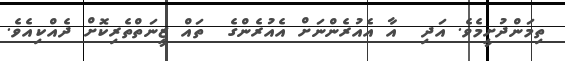
ތިމަންދުށީމެވެ. އަދި  އާ އެއުރެންނަށް އެއުރެންގެ  ތައް ޒީނަތްތެރިކޮށް ދެއްކިއެވެ.